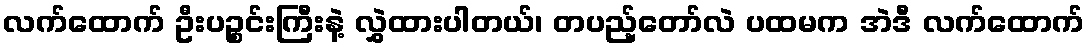
လက်ထောက် ဦးပဉ္စင်းကြီးနဲ့ လွှဲထားပါတယ်၊ တပည့်တော်လဲ ပထမက အဲဒီ လက်ထောက်